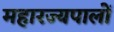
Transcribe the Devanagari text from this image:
महारज्यपालों